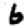
Digit: 6